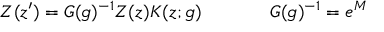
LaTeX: \begin{array} { c c } { { Z ( z ^ { \prime } ) = G ( g ) ^ { - 1 } Z ( z ) K ( z ; g ) ~ ~ ~ ~ } } & { { ~ ~ ~ ~ G ( g ) ^ { - 1 } = e ^ { M } } } \end{array}